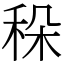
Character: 𥞛